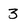
Character: 3